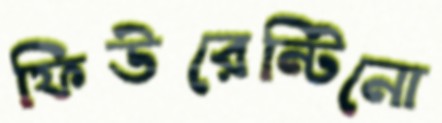
ফিউরেন্টিনো